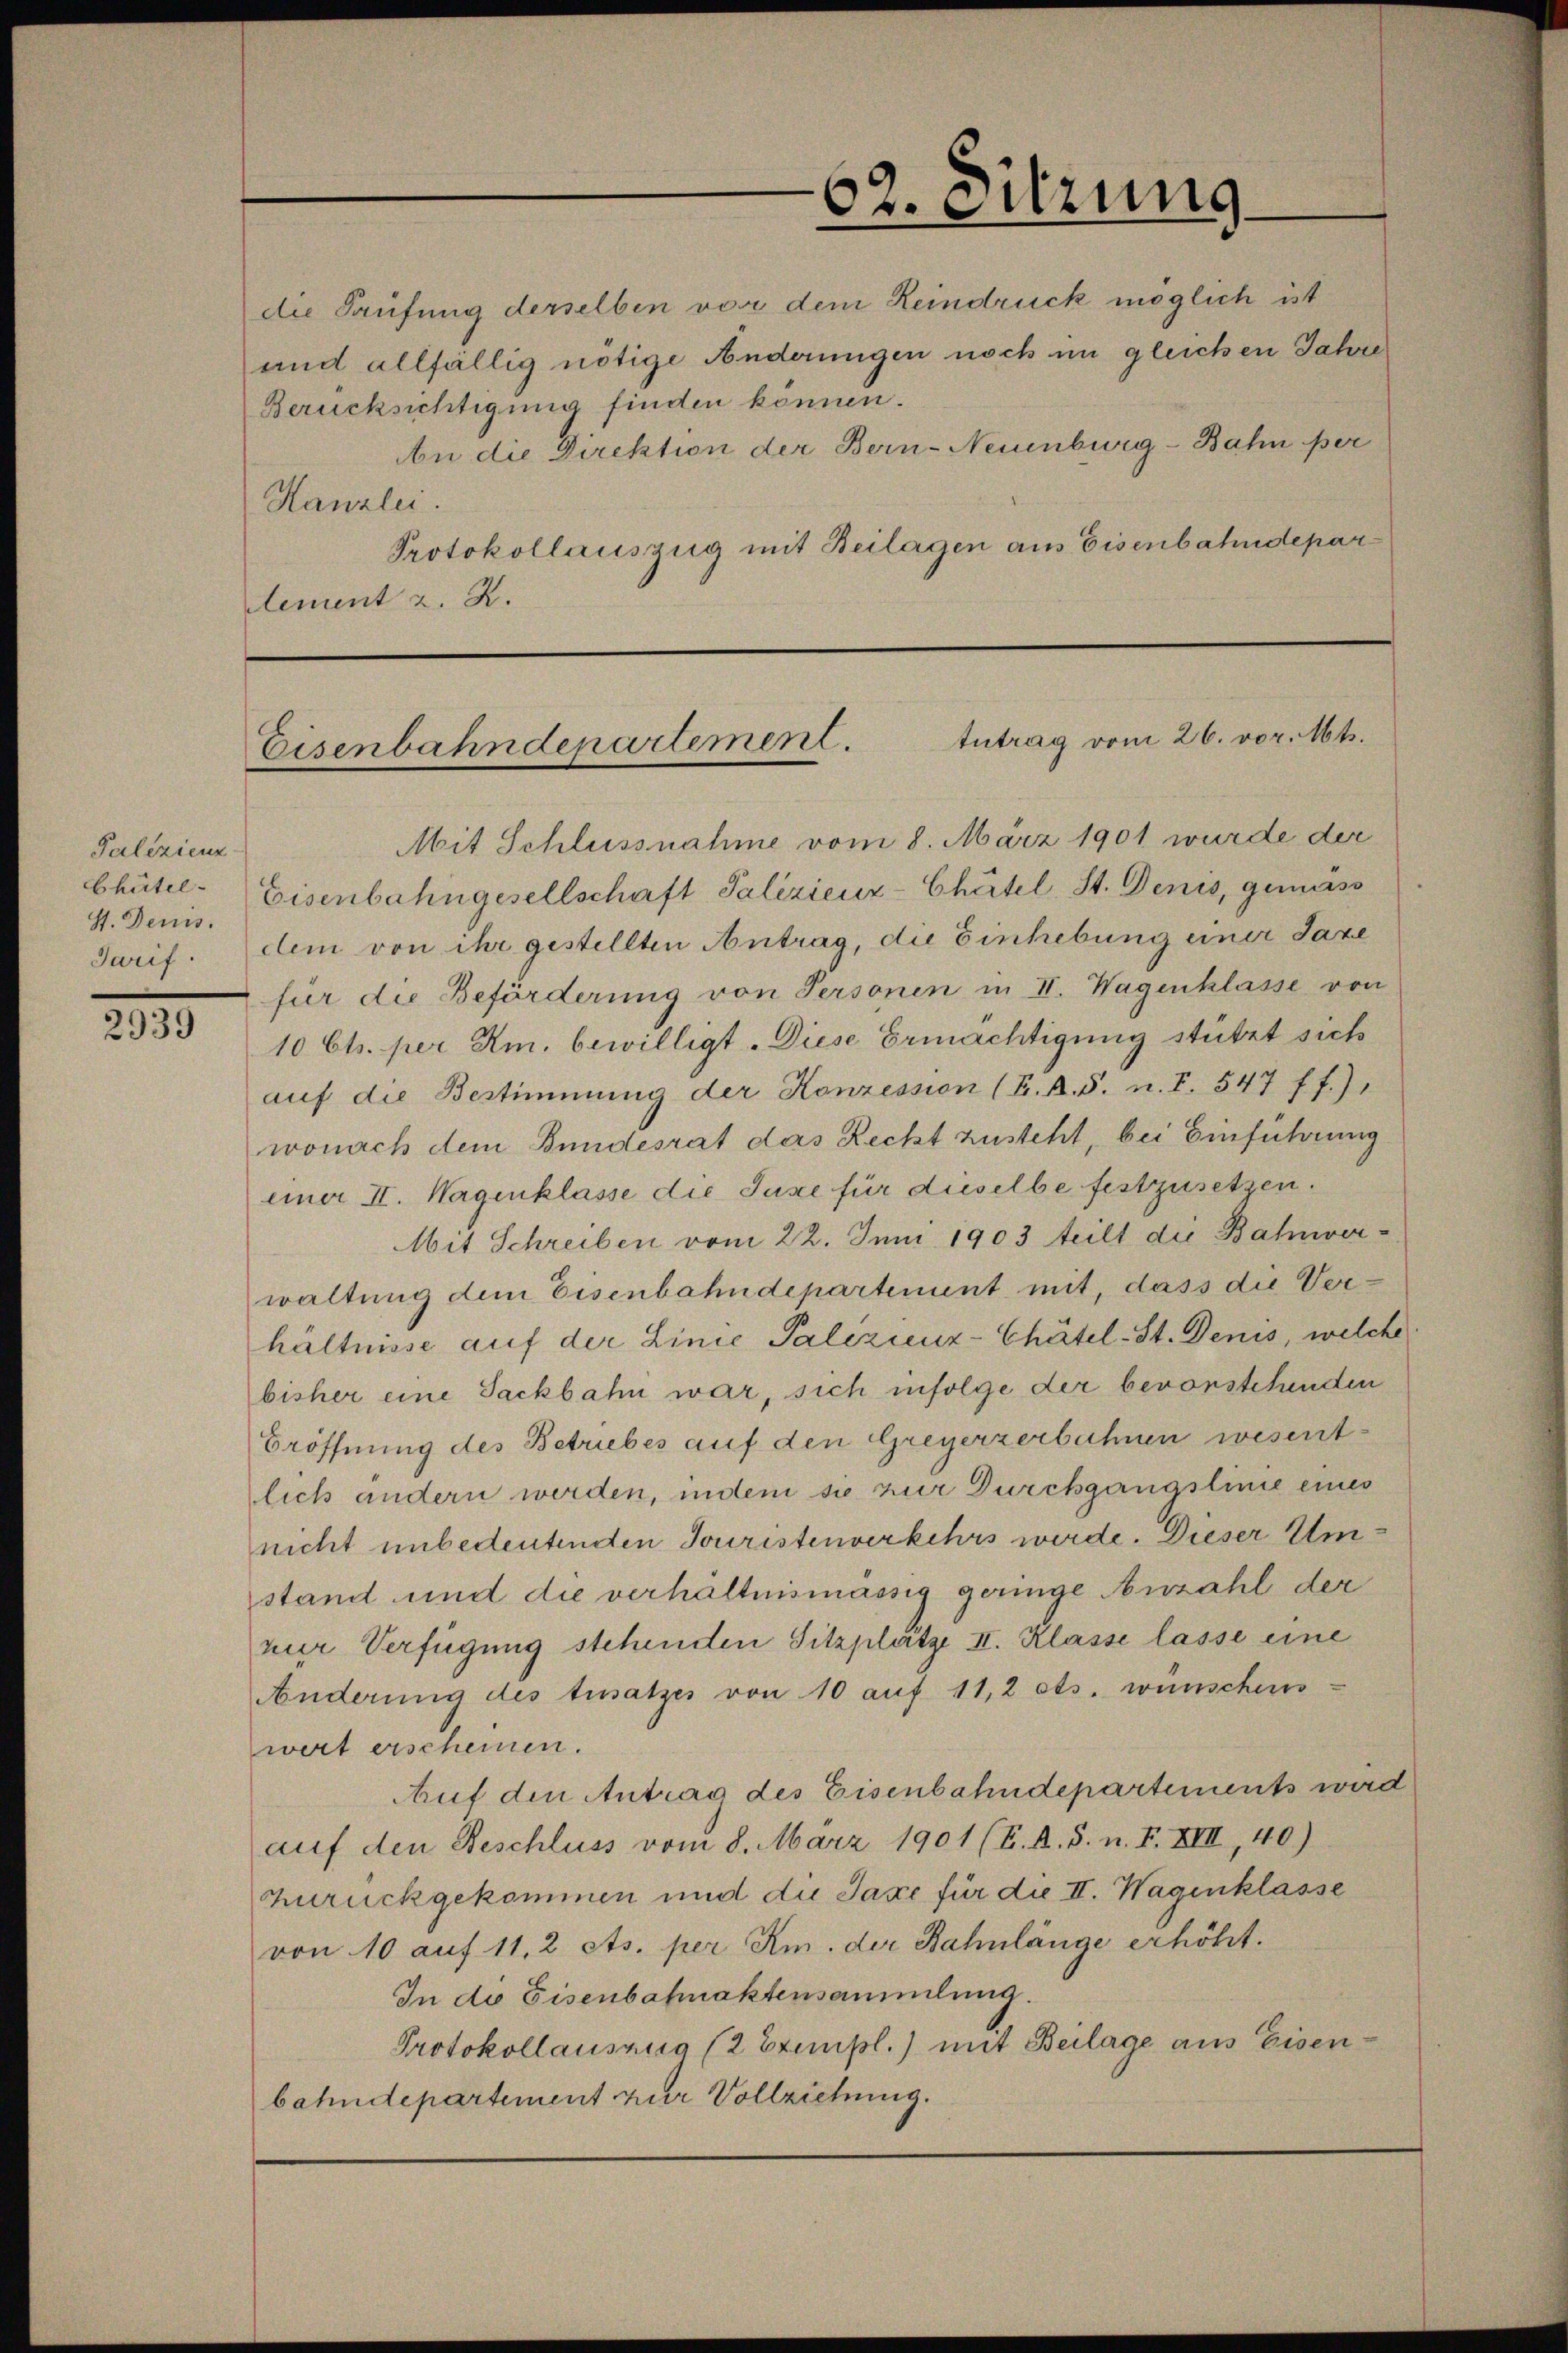
Palizienz
Chütel-
S. Dens.
Tarif.

2939

und allfällig nötige Änderungen noch im gleichen Jahre
Berücksichtigung finden können.
An die Direktion der Bern-Neuenburg-Bahn per
Kanzlei.
Protokollauszug mit Beilagen aus Eisenbahndeparlement z. Z.

62. Sitzung
die Taufung derselben vor dem Reindruck möglich ist

Eisenbahndepartement. Antrag vom 26. vor. Mts.

Mit Schlussnahme vom 8. März 1901 wurde der
Eisenbahngesellschaft Salizienz-Chätel, St. Denis, gemäss
dem von ihr gestellten Antrag, die Einhebung einer Taxe
für die Beförderung von Personen in II. Wagenklasse von
10 Cts. per Am. bewilligt. Diese Ermächtigung stützt sich
auf die Bestimmung der Konzession (K. A. S. n. F. 547 ff.).
wonach dem Bundesrat das Recht zusteht, bei Einführung
einer II. Wagenklasse die Juxe für dieselbe festzusetzen.
Mit Schreiben vom 22. Juni 1903 teilt die Bahnverwaltung dem Eisenbahndepartement mit, dass die Verhältnisse auf der Linie Palezienz-Chätel-St. Denis, welche
bisher eine Jackbahn war, sich infolge der bevorstehenden
Eröffnung des Betriebes auf den Greyerzerbahnen wesent-
lich andern werden, indem sie zur Durchgangslinie eines
nicht unbedeutenden Jouristenverkehrs werde. Dieser Umstand und die verhältnismässig geringe Anzahl der
nur Verfügung stehenden Sitzplätze II. Klasse lasse eine
Änderung des tusatzes von 10 auf 11,2 ets. wünschens-
wert erscheinen.
Auf den Antrag des Eisenbahndepartements wird
auf den Beschluss vom 8. März 1901 (E. A. S. n. F. XIII, 40)
Zurückgekommen und die Taxe für die II. Wagenklasse
von 10 auf 11,2 cts. per Am. der Bahnlänge erhöht.
In de Eisenbahnaktersammlung.
Protokollausung (2 Exempl.) mit Beilage aus Eisenbahndepartement zur Vollziehung.